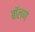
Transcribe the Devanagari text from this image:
बॉलणं